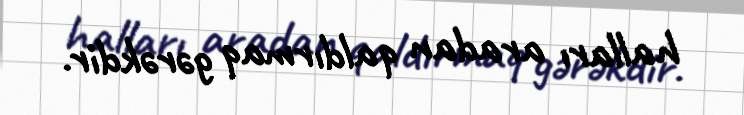
halları aradan qaldırmaq gərəkdir.